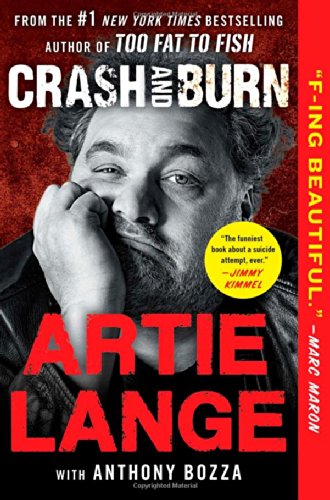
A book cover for Crash and Burn; Artie Lange; Humor & Entertainment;